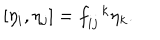
[ \eta _ { i } , \eta _ { j } ] = f _ { i j } ^ { \, \, \, \, k } \eta _ { k } .